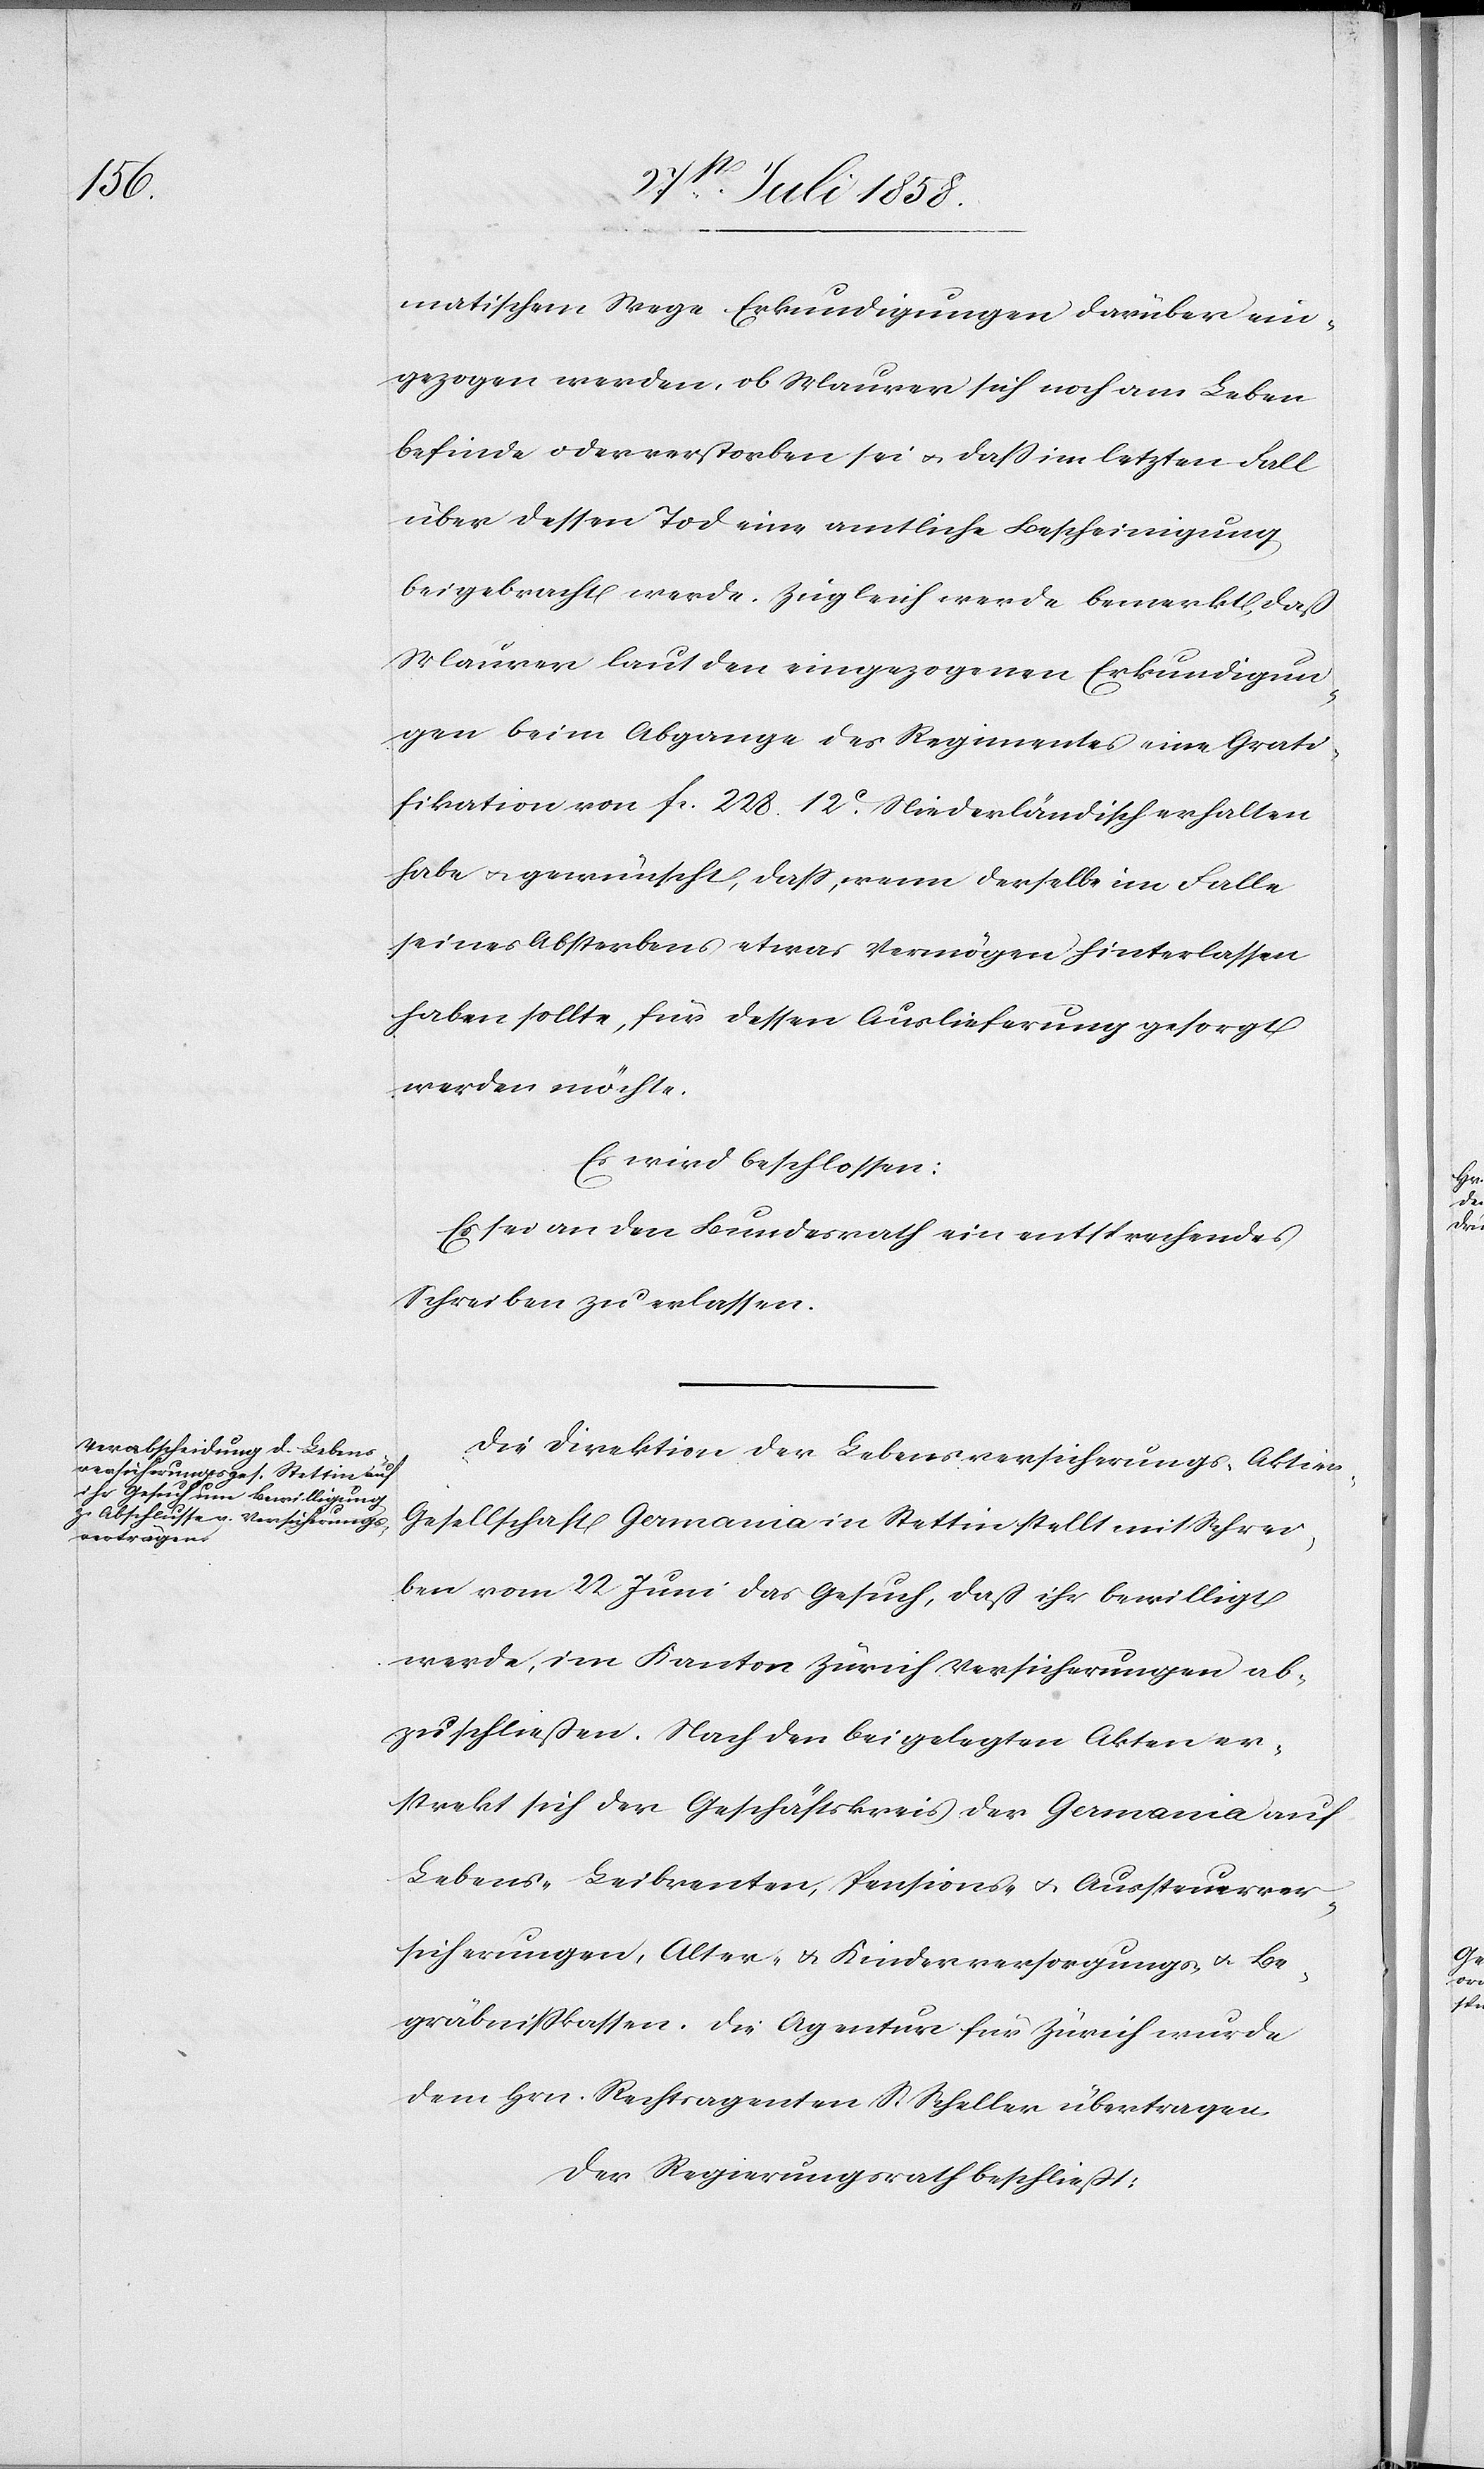
matischem Wege Erkundigungen darüber ein¬
gezogen werden, ob Maurer sich noch am Leben
befinde oder verstorben sei & dass im letzten Fall
über dessen Tod eine amtliche Bescheinigung
beigebracht werde. Zugleich werde bemerkt, daß
Maurer laut den eingezogenen Erkundigun¬
gen beim Abgange des Regimentes eine Grati¬
fikation von fr. 228. 12C. Niederländisch erhalten
habe & gewünscht, dass, wenn derselbe im Falle
seines Absterbens etwas Vermögen hinterlassen
haben sollte, für dessen Auslieferung gesorgt
werden möchte.
Es wird beschlossen:
Es sei an den Bundesrath ein entsprechendes
Schreiben zu erlassen.
Die Direktion der Lebensversicherungs-Aktie¬
n-Gesellschaft Germania in Stettin stellt mit Schrei¬
ben vom 22 Juni das Gesuch, daß ihr bewilligt
werde, im Kanton Zürich Versicherungen ab¬
zuschließen. Nach den beigelegten Akten er¬
strekt sich der Geschäftskreis der Germania auf
Lebens-[,] Leibrenten[-], Pensions- & Aussteuerver¬
sicherungen, Alter- & Kinderversorgungs- & Be¬
gräbnisskassen. Die Agentur für Zürich wurde
dem Hrn. Rechtsagenten S. Scheller übertragen.
Der Regierungsrath beschließt: